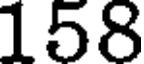
158